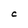
Character: C